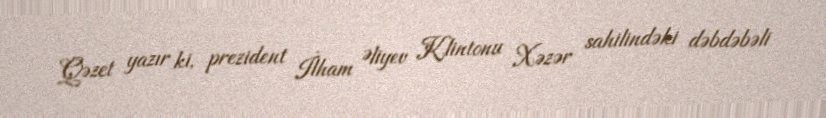
Qəzet yazır ki, prezident İlham Əliyev Klintonu Xəzər sahilindəki dəbdəbəli